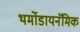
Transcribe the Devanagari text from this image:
थर्मोडायनॅमिक